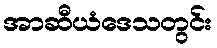
အာဆီယံဒေသတွင်း